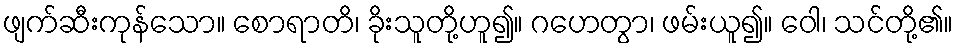
ဖျက်ဆီးကုန်သော။ စောရာတိ၊ ခိုးသူတို့ဟူ၍။ ဂဟေတွာ၊ ဖမ်းယူ၍။ ဝေါ၊ သင်တို့၏။